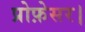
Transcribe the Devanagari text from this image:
प्रोफ़ेसर।